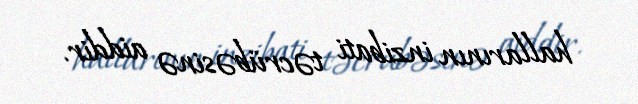
hallarının inzibati təcrübəsinə aiddir.